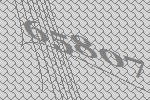
65807